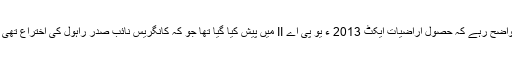
واضح رہے کہ حصول اراضیات ایکٹ 2013 ء یو پی اے II میں پیش کیا گیا تھا جو کہ کانگریس نائب صدر راہول کی اختراع تھی ۔